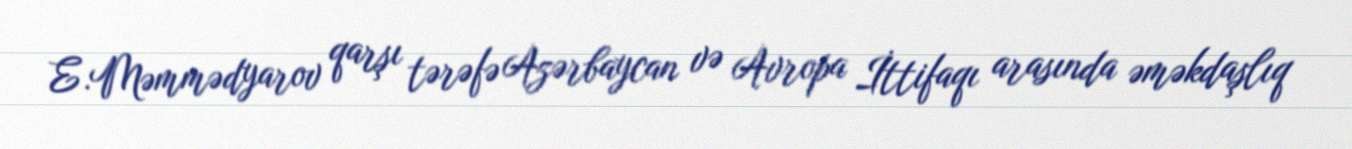
E.Məmmədyarov qarşı tərəfə Azərbaycan və Avropa İttifaqı arasında əməkdaşlıq